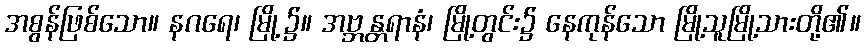
အစွန်ဖြစ်သော။ နဂရေ၊ မြို့၌။ အဗ္ဘန္တရာနံ၊ မြို့တွင်း၌ နေကုန်သော မြို့သူမြို့သားတို့၏။